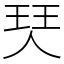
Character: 珡